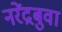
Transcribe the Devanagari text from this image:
नरेंद्रबुवा